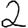
Digit: 2